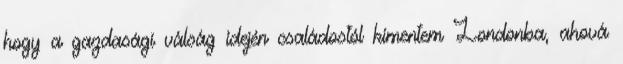
hogy a gazdasági válság idején családostól kimentem Londonba, ahová